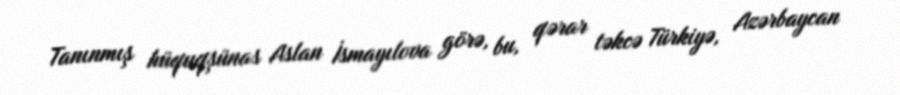
Tanınmış hüquqşünas Aslan İsmayılova görə, bu, qərar təkcə Türkiyə, Azərbaycan